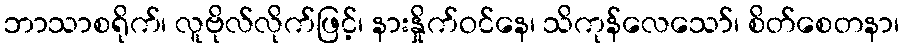
ဘာသာစရိုက်၊ လူဗိုလ်လိုက်ဖြင့်၊ နားနှိုက်ဝင်နေ၊ သိကုန်လေသော်၊ စိတ်စေတနာ၊